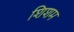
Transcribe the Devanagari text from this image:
शिशम